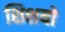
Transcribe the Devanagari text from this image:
शिशयो